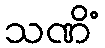
သဏိံ